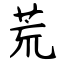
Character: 荒